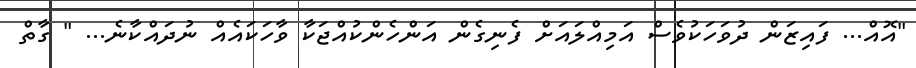
"އޮއް... ފައިޒަން ދުވަހަކުވެސް އަމިއްލައަށް ފެނިގެން އަންހެންކުއްޖަކާ ވާހަކައެއް ނުދައްކާނެ... " ގާތް